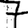
Digit: 7